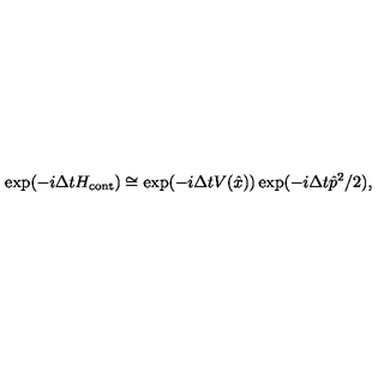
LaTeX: \exp ( - i \Delta t H _ { \mathrm { c o n t } } ) \cong \exp ( - i \Delta t V ( \hat { x } ) ) \exp ( - i \Delta t \hat { p } ^ { 2 } / 2 ) ,